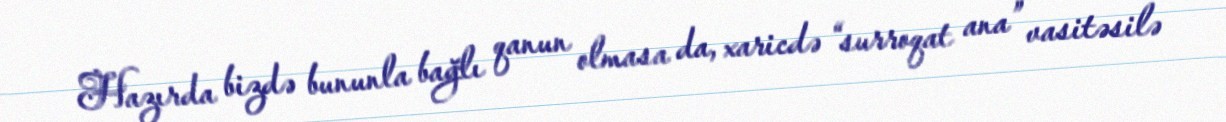
Hazırda bizdə bununla bağlı qanun olmasa da, xaricdə “surroqat ana” vasitəsilə